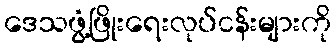
ဒေသဖွံ့ဖြိုးရေးလုပ်ငန်းများကို